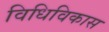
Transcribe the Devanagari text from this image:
विधिविकास